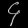
Digit: ၄